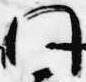
門